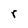
Character: r